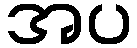
အပ